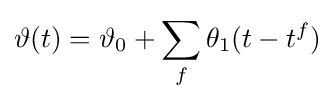
\vartheta (t)=\vartheta _{0}+\sum _{f}\theta _{1}(t-t^{f})